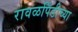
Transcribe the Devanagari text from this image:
रावळपिंडीच्या